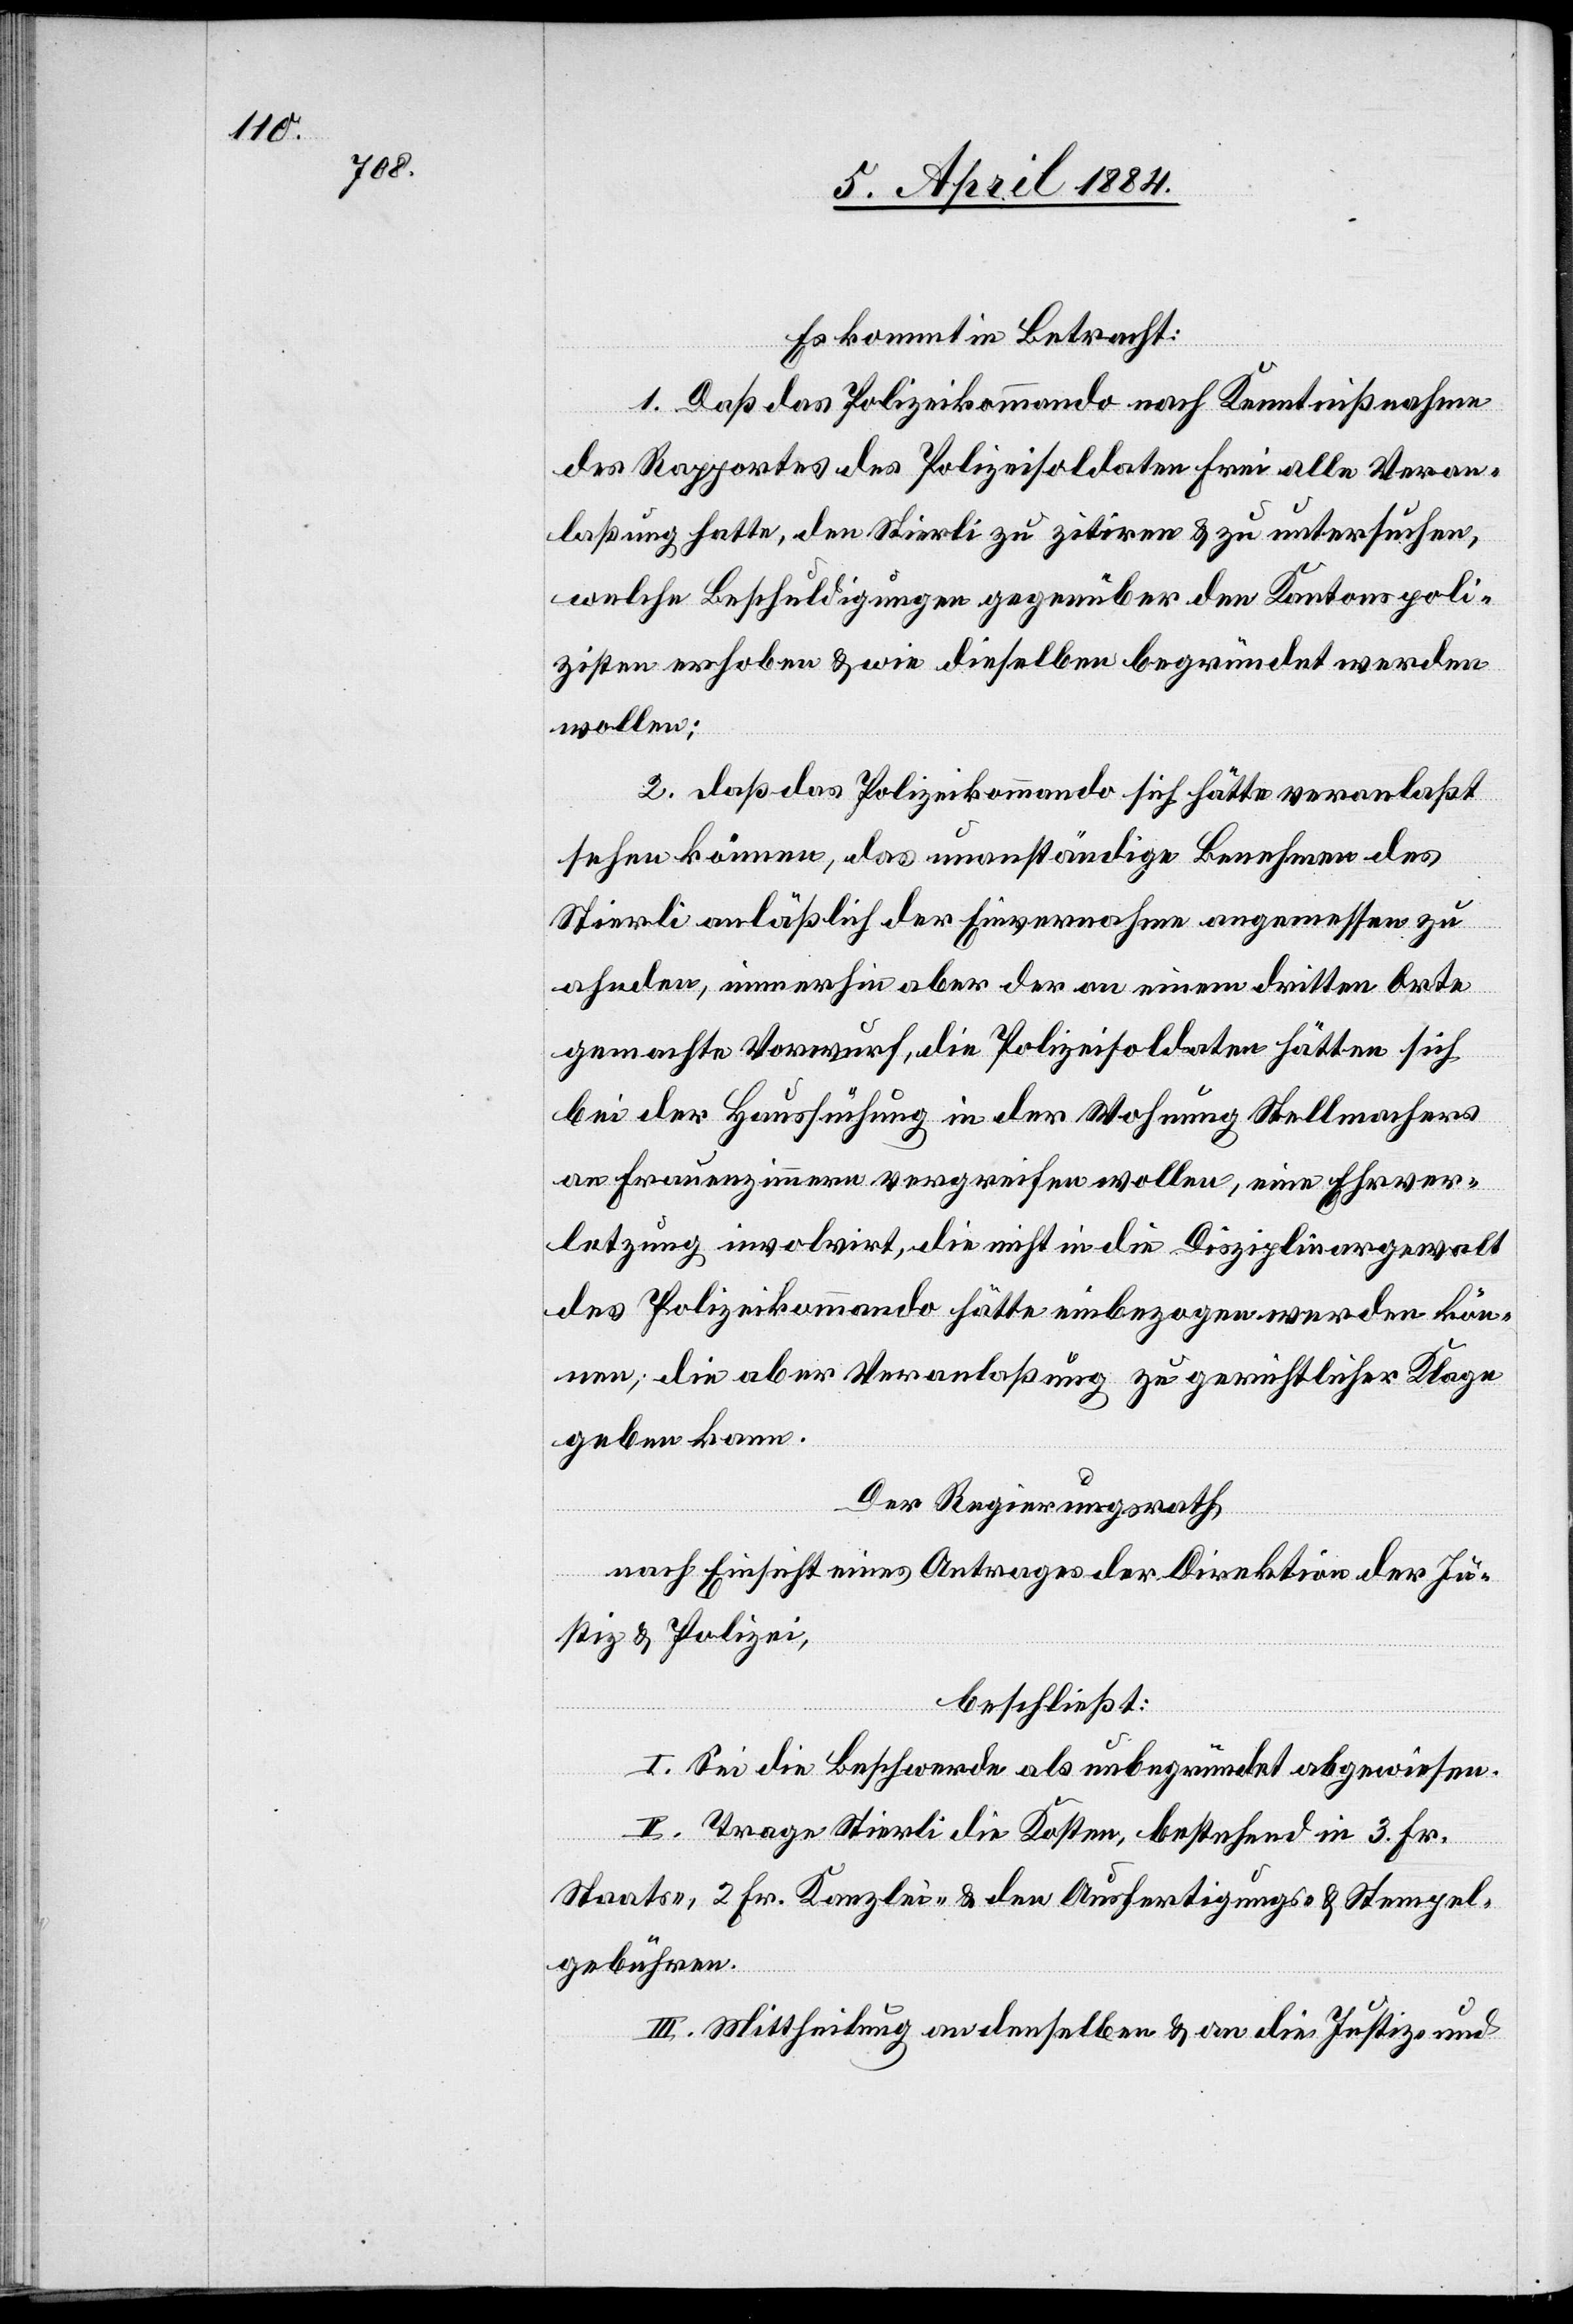
Es kommt in Betracht:
1. Daß das Polizeikommando nach Kenntnißnahme
des Rapportes des Polizeisoldaten Frei alle Veran¬
laßung hatte, den Stierli zu zitiren & zu untersuchen,
welche Beschuldigungen gegenüber den Kantonspoli¬
zisten erhoben & wie dieselben begründet werden
wollen;
2. daß das Polizeikommando sich hätte veranlaßt
sehen können, das unanständige Benehmen des
Stierli anläßlich der Einvernahme angemessen zu
ahnden, immerhin aber der an einem dritten Orte
gemachte Vorwurf, die Polizeisoldaten hätten sich
bei der Haussuchung in der Wohnung Stellmachers
an Frauenzimmern vergreifen wollen, eine Ehrver¬
letzung involvirt, die nicht in die Disziplinargewalt
des Polizeikommando hätte einbezogen werden kön¬
nen; die aber Veranlaßung zu gerichtlicher Klage
geben kann.
Der Regierungsrath,
nach Einsicht eines Antrages der Direktion der Ju¬
stiz & Polizei,
beschließt:
I. Sei die Beschwerde als unbegründet abgewiesen.
II. Trage Stierli die Kosten, bestehend in 3 Fr.
Staats-, 2 Fr. Kanzlei- & den Ausfertigungs- & Stempel¬
gebühren.
III. Mittheilung an denselben & an die Justiz- und